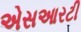
એસઆરટી